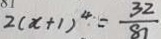
2 ( x + 1 ) ^ { 4 } = \frac { 3 2 } { 8 7 }